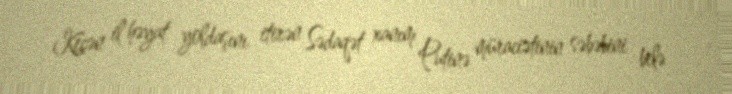
Keçən il həyat yoldaşını itirən Sədaqət xanım Putinə müraciətinin səbəbini belə